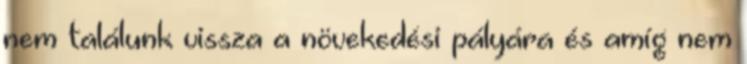
nem találunk vissza a növekedési pályára és amíg nem